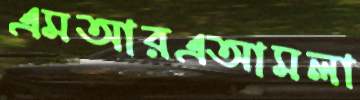
এমআরএআমলা